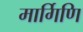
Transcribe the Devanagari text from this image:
मार्गिणि